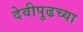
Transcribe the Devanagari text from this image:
देवीपुढच्या